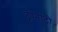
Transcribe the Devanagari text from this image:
ट्रीनीटी